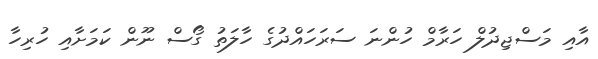
އާއި މަސްޖިދުލް ހަރާމް ހުންނަ ސަރަހައްދުގެ ހާލަތު ގޯސް ނޫން ކަމަށާއި ހުރިހާ